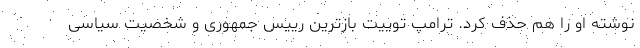
نوشته او را هم حذف کرد. ترامپ توییت بازترین رییس جمهوری و شخصیت سیاسی